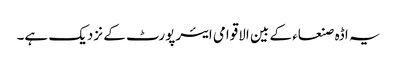
یہ اڈہ صنعاء کے بین الاقوامی ایئرپورٹ کے نزدیک ہے۔